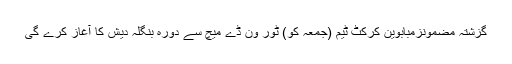
گزشتہ مضمونزمبابوین کرکٹ ٹیم (جمعہ کو) ٹور ون ڈے میچ سے دورہ بنگلہ دیش کا آغاز کرے گی